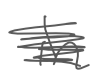
Text: in
Cross-out: scratch
Writing tool: digital_gray